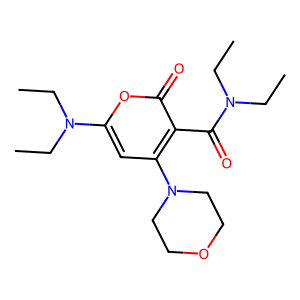
SMILES: CCN(CC)C(=O)c1c(N2CCOCC2)cc(N(CC)CC)oc1=O
Inhibits HIV replication: No